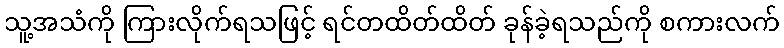
သူ့အသံကို ကြားလိုက်ရသဖြင့် ရင်တထိတ်ထိတ် ခုန်ခဲ့ရသည်ကို စကားလက်